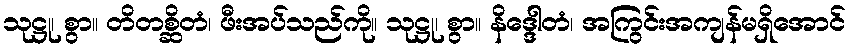
သုဋ္ဌု၊ စွာ။ တိတစ္ဆိတံ၊ ဖီးအပ်သည်ကို။ သုဋ္ဌု၊ စွာ။ နိဒ္ဒေါတံ၊ အကြွင်းအကျန်မရှိအောင်